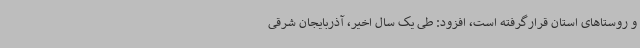
و روستاهای استان قرارگرفته است، افزود: طی یک سال اخیر، آذربایجان شرقی